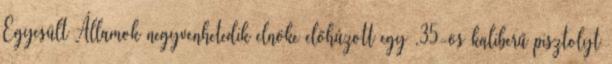
Egyesült Államok negyvenhetedik elnöke előhúzott egy ,35-ös kaliberű pisztolyt